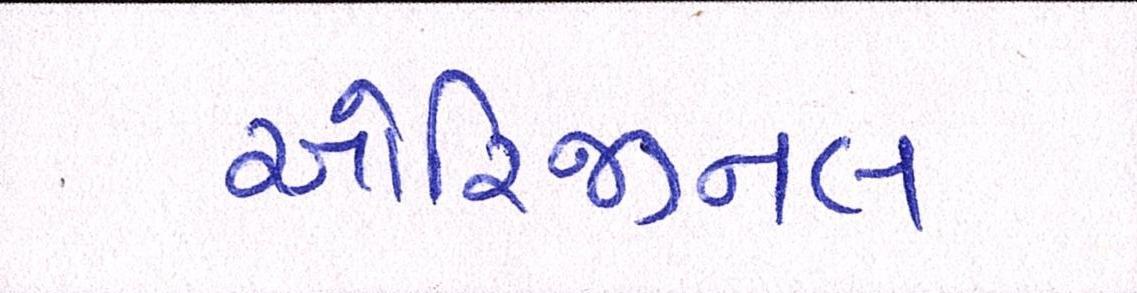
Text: ઓરિજીનલ